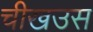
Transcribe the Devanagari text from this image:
चीखउस